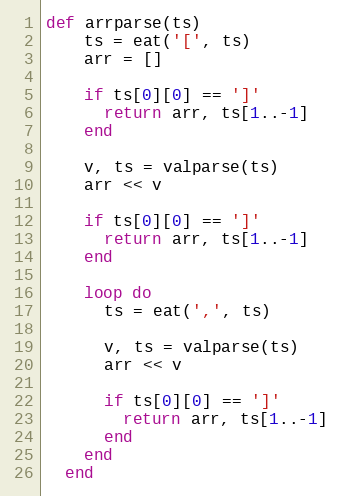
Language: Ruby
def arrparse(ts)
    ts = eat('[', ts)
    arr = []

    if ts[0][0] == ']'
      return arr, ts[1..-1]
    end

    v, ts = valparse(ts)
    arr << v

    if ts[0][0] == ']'
      return arr, ts[1..-1]
    end

    loop do
      ts = eat(',', ts)

      v, ts = valparse(ts)
      arr << v

      if ts[0][0] == ']'
        return arr, ts[1..-1]
      end
    end
  end